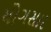
યોગસાર